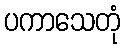
ပကာသေတုံ